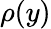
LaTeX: \rho(y)